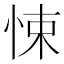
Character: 悚